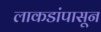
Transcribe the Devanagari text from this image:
लाकडांपासून